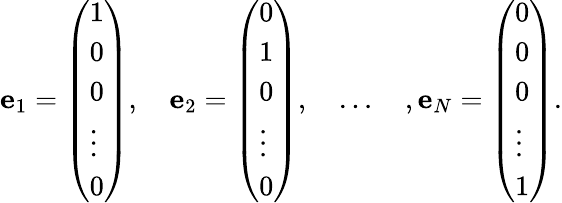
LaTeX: {\mathbf e}_{1}=\left(\begin{array}{l}{{1}}\\ {{0}}\\ {{0}}\\ {{\vdots}}\\ {{0}}\end{array}\right),\quad{\mathbf e}_{2}=\left(\begin{array}{l}{{0}}\\ {{1}}\\ {{0}}\\ {{\vdots}}\\ {{0}}\end{array}\right),\quad\ldots\quad,{\mathbf e}_{N}=\left(\begin{array}{l}{{0}}\\ {{0}}\\ {{0}}\\ {{\vdots}}\\ {{1}}\end{array}\right).